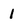
Character: 1